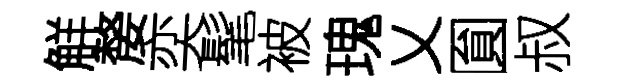
觧嫠奕髦被瑰乂圎叔